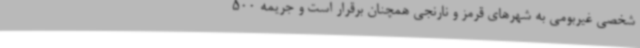
شخصی غیربومی به شهرهای قرمز و نارنجی همچنان برقرار است و جریمه 500